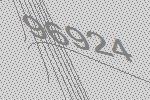
96924